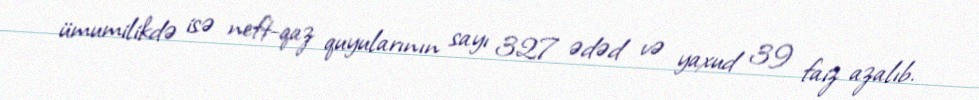
ümumilikdə isə neft-qaz quyularının sayı 327 ədəd və yaxud 39 faiz azalıb.